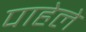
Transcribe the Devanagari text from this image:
पाहेले